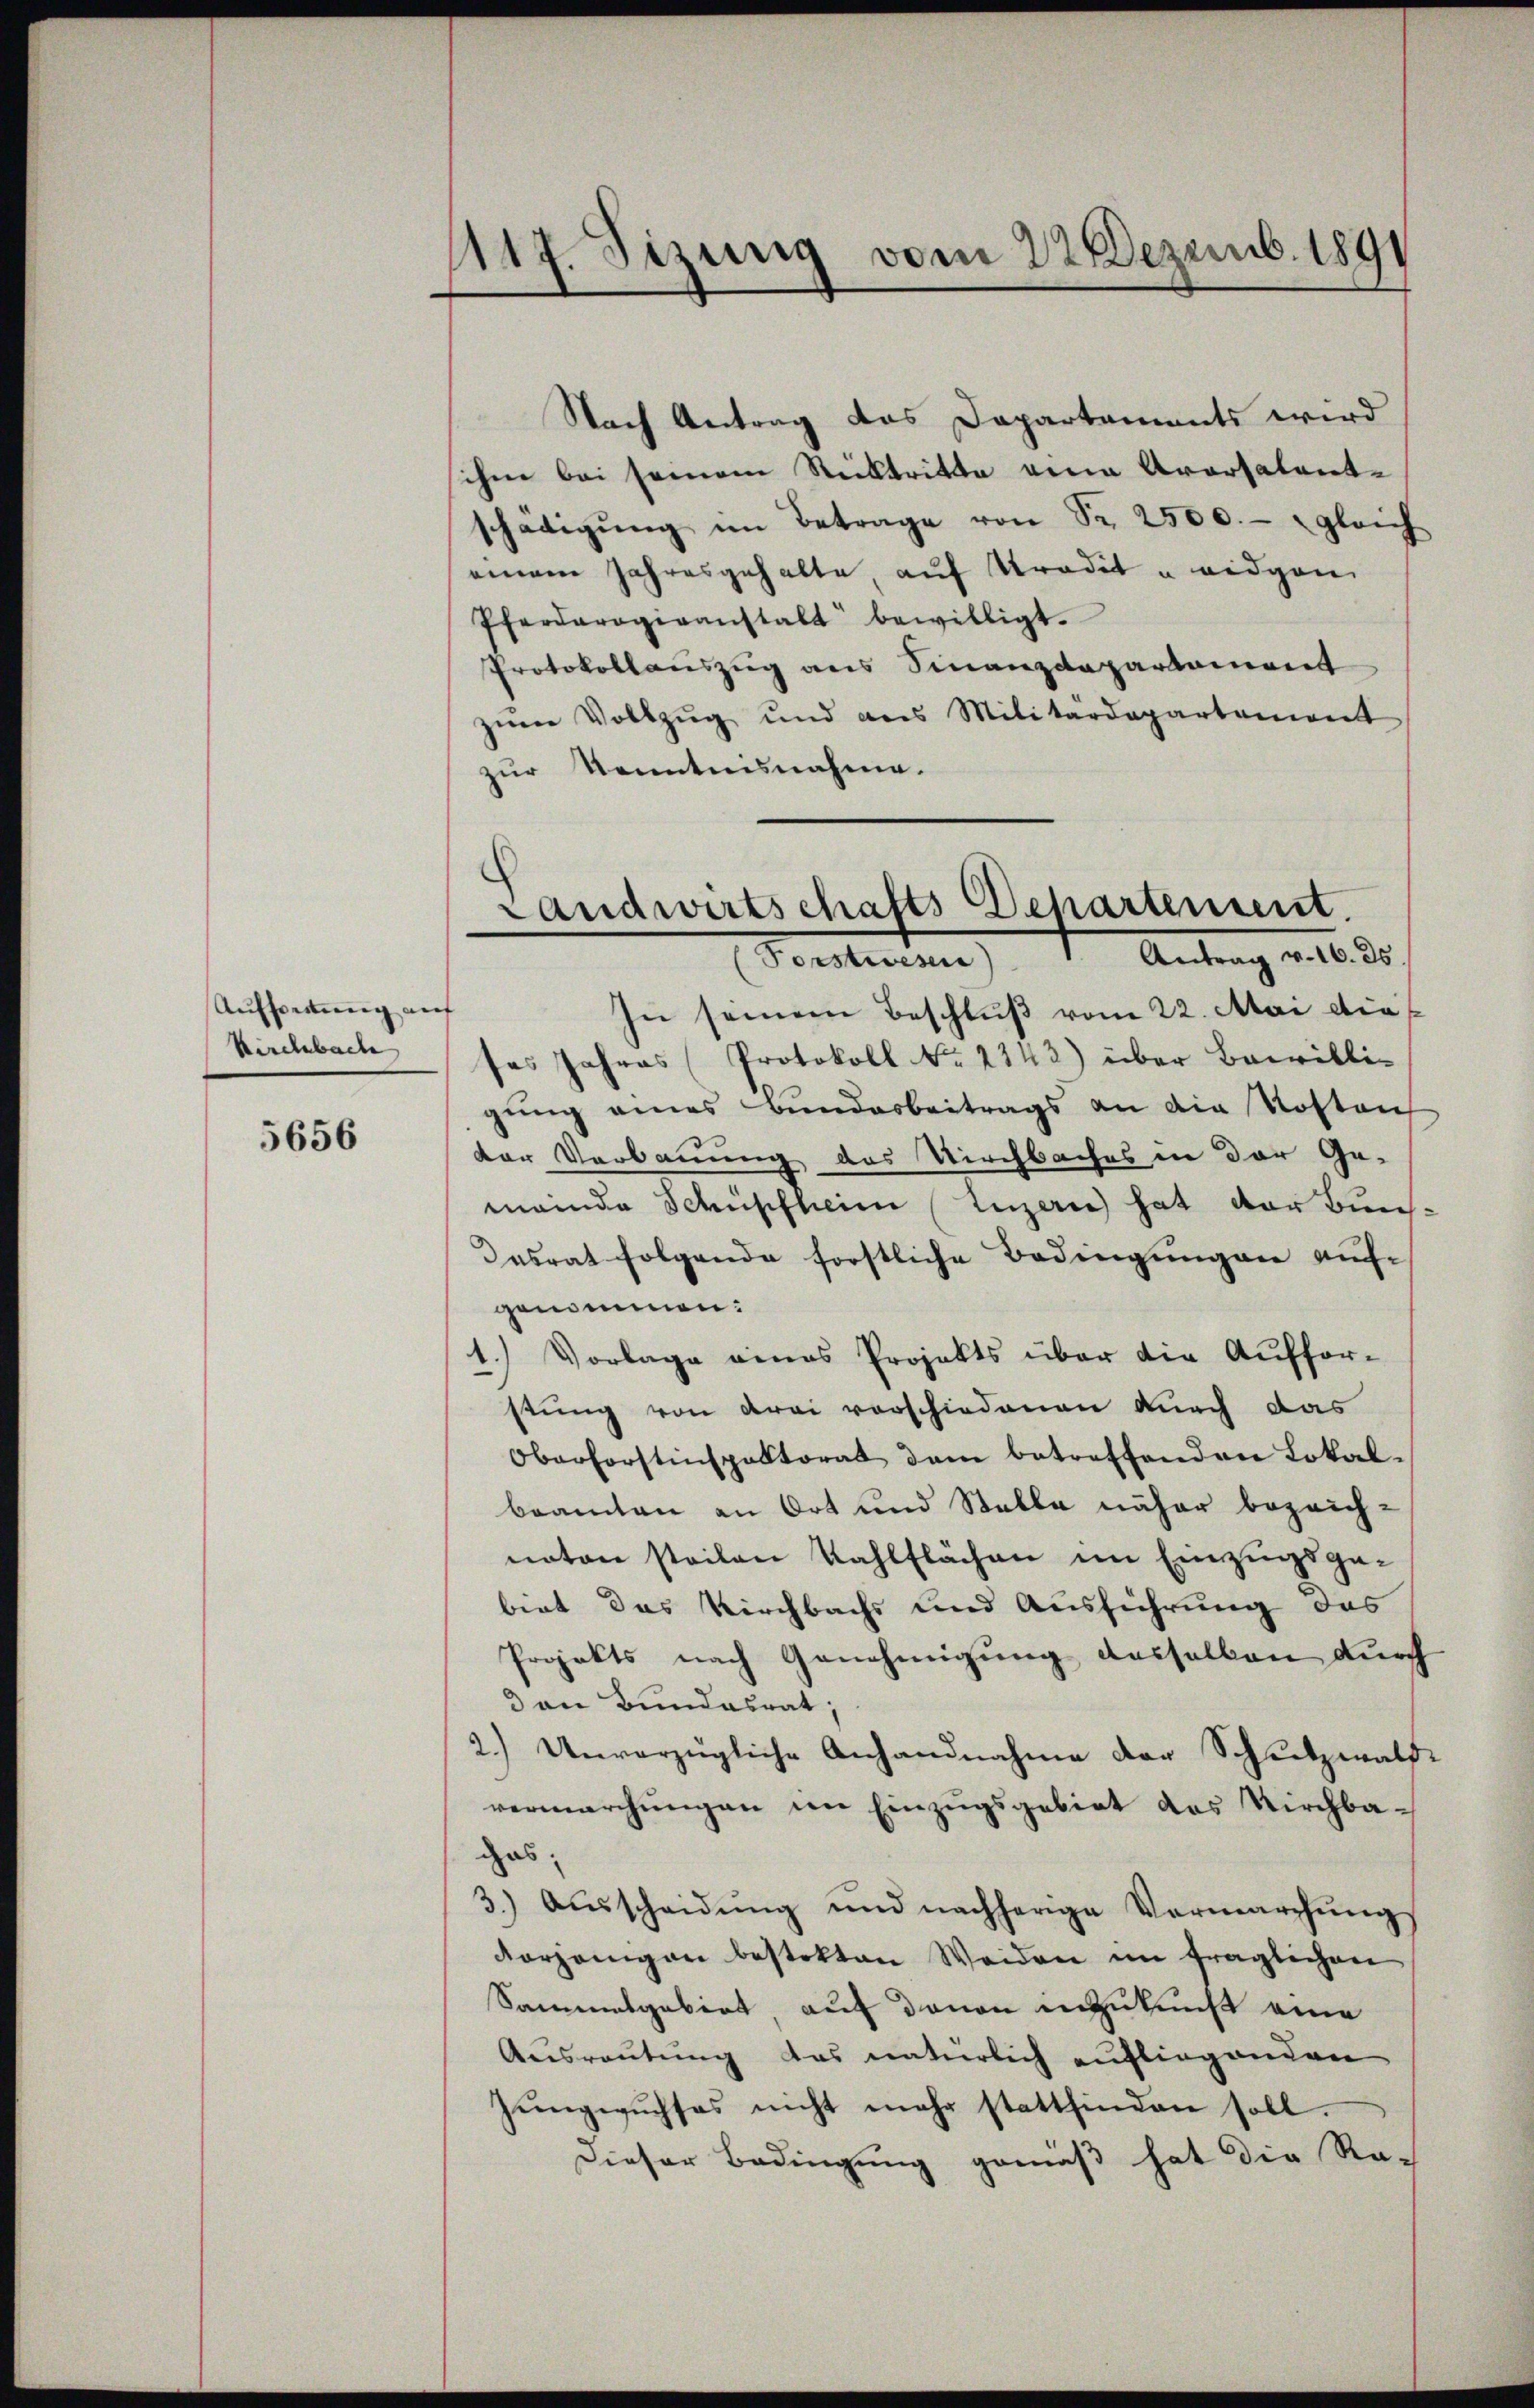
Aufspeitung auf
kirchbache

5656

1117. Sizung vom 22. Dezemb. 1891

Nach Antrag das Departements wird
schen bei seinem Rücktritte eine Aversalentschädigŭng im Betrage von Sr. 2500.- gleich
einem Jahresgehalte, auf tradit u eidgen.
Pferderogiranstalt bewilligt.
Protokollauszug aus Finanzdepartament
zŭm Vollzŭg und ans Militärdepartement
zur Kenntnisnahme.
In seinem Beschluß vom 22. Mai dieses Jahres (Protokoll No 2142) über Bewilli-
gŭng eines Bŭndesbeitrags an die Kosten
der Verbauung des Kirchbaches in der Ge-
meinde Schüpfheim Luzern hat der Bun-
Dasrat folgende forstliche Bedingungen auf-
genommen:
1.) Vorlage eines Projekts über die Aufforstung von drei vorschiedenen durch das
Oberforstinspektorat dem betreffenden Lokal-
beamten an Ort und Stelle näher bezeichnoton steilen Kahlflächen im Einzugsgebiet das Kirchbachs und Ausführung das
Projekts nach Genehmigung desselben durch
d an Bundesrat;
2.) Unverzügliche Anhandnahme der Schutzwalde
vermarchŭngen im Einzŭgsgebiet das Kirchba-
gas,
3.) Aŭsscheidŭng und nachherige Vermarchŭng
Vorjenigen bestekten Weiden im fraglichen
Sammesgebiet, auf davon anzukunft eine
Ausreutung das natürlich aufliegenden
Zŭngwŭchses nicht mehr stattfinden soll.
Dieser Bedingung gemäß hat die Re-

Landwirtschafts Departement.
(Forstwesen 1. Antrag v. 16. 25.